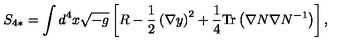
S _ { 4 * } = \int d ^ { 4 } x \sqrt { - g } \left[ R - \frac { 1 } { 2 } \left( \nabla y \right) ^ { 2 } + \frac { 1 } { 4 } \mathrm { T r } \left( \nabla N \nabla N ^ { - 1 } \right) \right] ,